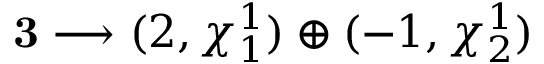
{ \bf 3 } \longrightarrow ( 2 , \chi _ { 1 } ^ { 1 } ) \oplus ( - 1 , \chi _ { 2 } ^ { 1 } )